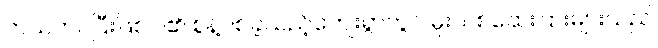
ကယ်တင်ပြီးဖြစ်ပါ၏ စွန့်ပစ်ခဲ့သည့်ကျေးရွာတွင် မူးယစ်ဆေးပြားများသည်